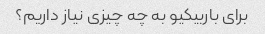
برای باربیکیو به چه چیزی نیاز داریم؟